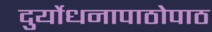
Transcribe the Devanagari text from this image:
दुर्योधनापाठोपाठ